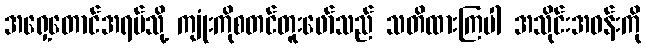
အရှေ့တောင်အရပ်သို့ ကျုံးကိုစတင်တူးဖော်သည် သတိထားကြပါ အသိုင်းအဝန်းကို